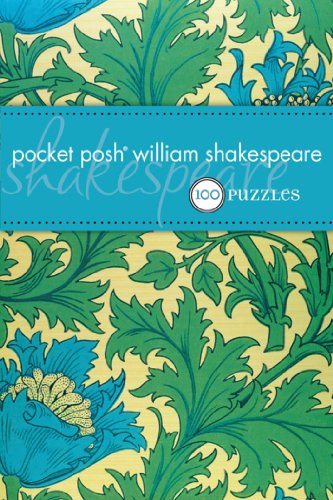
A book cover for Pocket Posh William Shakespeare (UK): 100 Puzzles & Quizzes; The Puzzle Society; Humor & Entertainment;